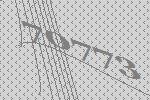
70773